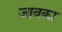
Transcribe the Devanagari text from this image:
जावका